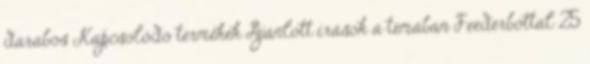
darabos Kapcsolódó termékek Ajánlott írások a témában Feederbottal 25